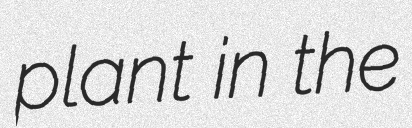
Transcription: plant in the